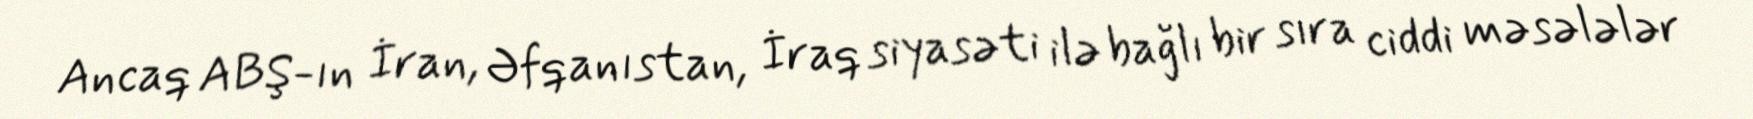
Ancaq ABŞ-ın İran, Əfqanıstan, İraq siyasəti ilə bağlı bir sıra ciddi məsələlər